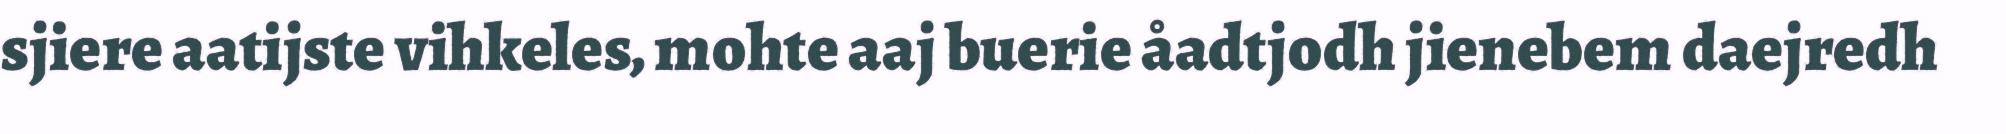
sjiere aatijste vihkeles, mohte aaj buerie åadtjodh jienebem daejredh